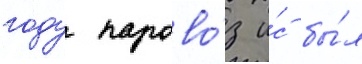
году парово́з и́с бы́л